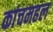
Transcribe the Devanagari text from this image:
कांचमहल